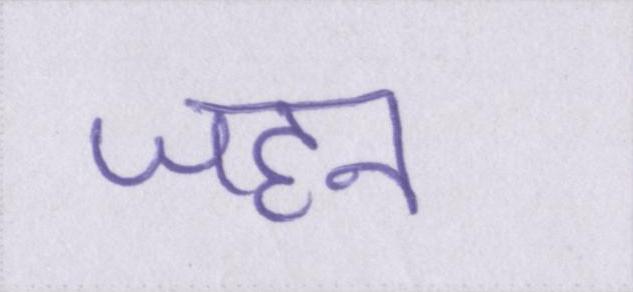
जहन